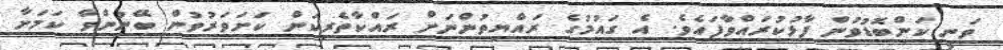
ވަނީ ކަންބޮޑުވުން ފާޅުކުރައްވާފައެވެ. އެ ގައުމުގެ ރައްޔިތުންނަށް ރައްކާތެރިކަން ކަށަވަރުވުން ބޭނުންވާ ކަމަށާ